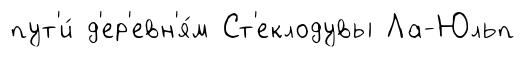
пут'и́ д'ер'евн'я́м Ст'еклодувы Ла-Юльп